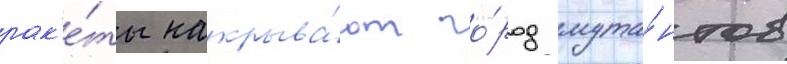
рак'е́ты накрыва́ют го́род мута́нтов